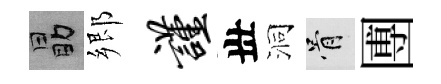
勗郷谨丗洞骨圑